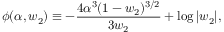
\phi ( \alpha , w _ { 2 } ) \equiv - { \frac { 4 \alpha ^ { 3 } ( 1 - w _ { 2 } ) ^ { 3 / 2 } } { 3 w _ { 2 } } } + \log | w _ { 2 } | ,